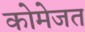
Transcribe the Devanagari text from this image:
कोमेजत